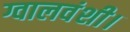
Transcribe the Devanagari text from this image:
ग्वालवंशी।